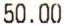
50.00